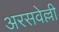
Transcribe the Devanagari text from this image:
अरसवेल्ली